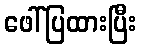
ဖေါ်ပြထားပြီး